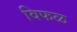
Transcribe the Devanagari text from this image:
विफळ